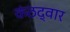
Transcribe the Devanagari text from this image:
कंठद्वार